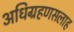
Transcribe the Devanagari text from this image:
अधिग्रहणसलाह